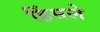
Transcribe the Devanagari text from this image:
हिंसले